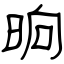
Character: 晌